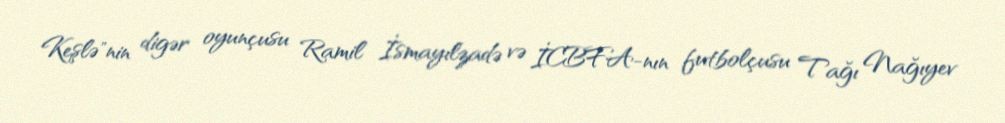
Keşlə"nin digər oyunçusu Ramil İsmayılzadə və İCBFA-nın futbolçusu Tağı Nağıyev